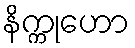
နိက္ကုဟော